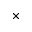
\times